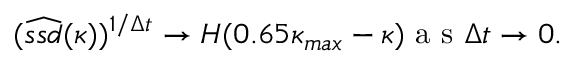
( \widehat { s s d } ( \kappa ) ) ^ { 1 / \Delta t } \to H ( 0 . 6 5 \kappa _ { m a x } - \kappa ) \mathrm { ~ a ~ s ~ } \Delta t \to 0 .